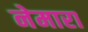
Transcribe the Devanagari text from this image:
नेमारा